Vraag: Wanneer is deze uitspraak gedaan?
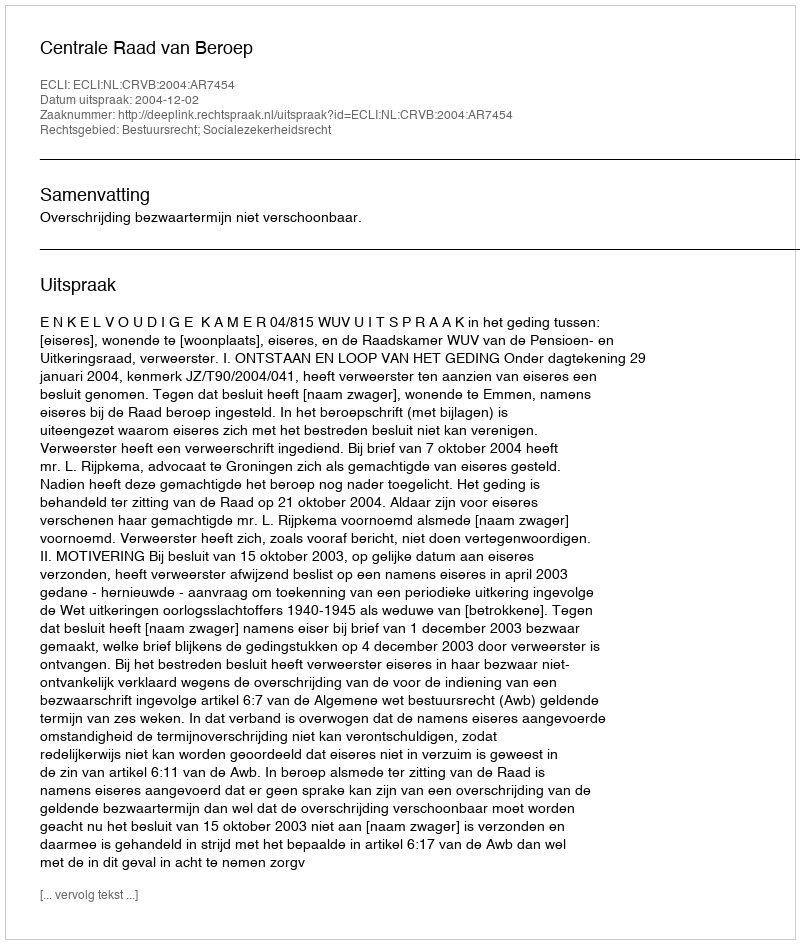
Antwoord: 2004-12-02